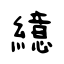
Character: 繶